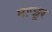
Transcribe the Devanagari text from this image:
माज़ूर